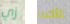
زي تأكدنا